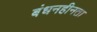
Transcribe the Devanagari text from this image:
बंधनहीनता